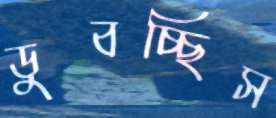
ডুবচ্ছিস